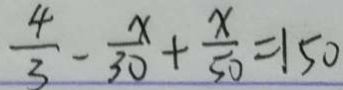
\frac { 4 } { 3 } - \frac { x } { 3 0 } + \frac { x } { 5 0 } = 1 5 0